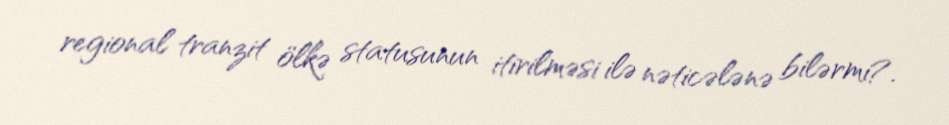
regional tranzit ölkə statusunun itirilməsi ilə nəticələnə bilərmi?.